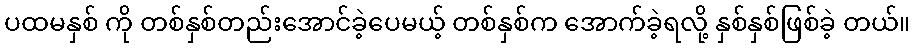
ပထမနှစ် ကို တစ်နှစ်တည်းအောင်ခဲ့ပေမယ့် တစ်နှစ်က အောက်ခဲ့ရလို့ နှစ်နှစ်ဖြစ်ခဲ့ တယ်။